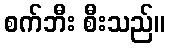
စက်ဘီး စီးသည်။